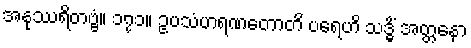
အနုဿရိတဗ္ဗံ။ ၁၇၁။ ဥပသံဟရဏတောတိ ပရေဟိ သဒ္ဓိံ အတ္တနော